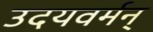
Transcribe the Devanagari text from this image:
उदयवर्मन्